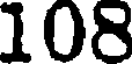
108